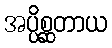
အပ္ပိစ္ဆတာယ